Report on vaccination in Madras 1904-1921 - 1904-1921
Year: 1904
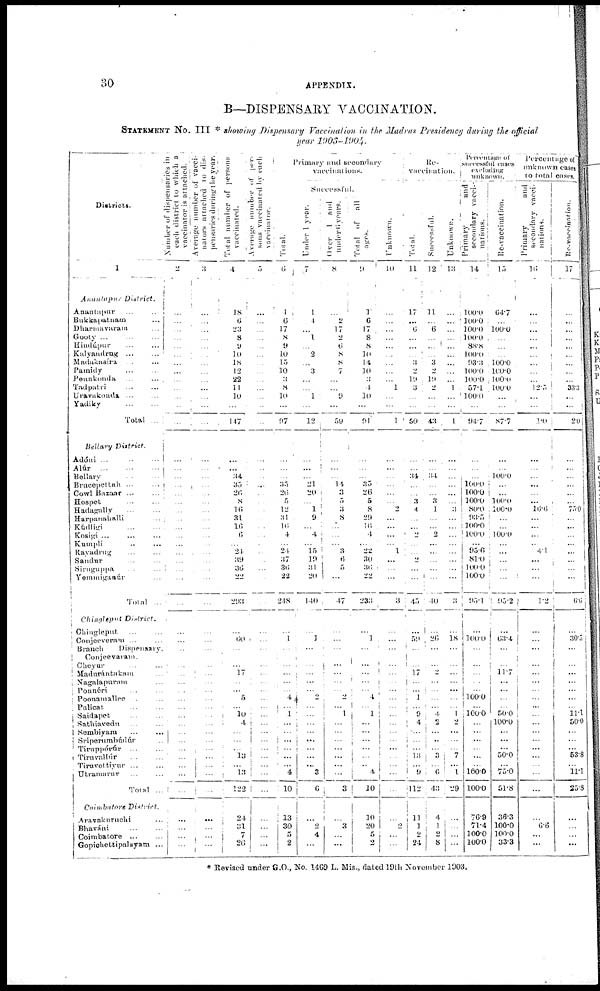
30
APPENDIX.
B—DISPENSARY VACCINATION.
STATEMENT No. III * showing Dispensary Vaccination in the Madras Presidency during the official
year 1903-1904.
Districts.
1
Anantapur
District.
Anantapur
... ...
Bukkapatnam ...
Dharmavaram ...
Gooty... ... ...
Hindúpur ... ...
Kalyandrug ...
...
Madakasíra ... ...
Pamidy ... ...
Penukonda
...
...
Tadpatri ... ...
Uravakonda... ...
Yadiky ... ...
Total ...
Bellary
District.
Adóni ... ... ...
Alúr ... ... ...
Bellary ... ...
Brucepettah
...
...
Cowl Bazaar ... ...
Hospet ... ...
Hadagally ... ...
Harpanahalli ...
Kúdligi ... ...
Kosigi ... ... ...
Kumpli ... ...
Rayadrug ... ...
Sandur ... ...
Siruguppa ... ...
Yemmiganúr ...
Total ...
Ching1eput
District.
Chingleput ... ...
Conjeeveram ... ...
Branch
Dispensary.
Conjeevaram.
Cheyur ... ...
Madurántakam ...
Nagalapuram ...
Ponnéri ... ...
Poonamallee ... ...
Pulicat ... ...
Saidapet ... ...
Sathiavedu ... ...
Sembiyam ... ...
Sríperumbúdúr ...
Tiruppórúr ... ...
Tiruvallúr ... ...
Tiruvottiyur ... ...
Utramarur ... ...
Total ...
Coimbatore
District.
Aravakuruchi ...
Bhaváui ... ...
Coimbatore ... ...
Gopichettipalayam ...
N umber of dispensaries in
each district to which a
vaccinator is attached.
2
...
...
...
...
...
...
...
...
...
...
...
...
...
...
...
...
...
...
...
...
...
...
...
...
...
...
...
...
...
...
...
...
...
...
...
...
...
...
...
...
...
...
...
...
...
...
...
...
...
...
...
Average number of vacci-
nators attached to dis-
pensaries during the year.
3
...
...
...
...
...
...
...
...
...
...
...
...
...
...
...
...
...
...
...
...
...
...
...
...
...
...
...
...
...
...
...
...
...
...
...
...
...
...
...
...
...
...
...
...
...
...
...
...
...
...
...
Total number of persons
vaccinated.
4
18
6
23
8
9
10
18
12
22
11
10
...
147
...
...
34
35
26
8
16
31
16
6
...
24
39
36
22
293
...
60
...
...
17
...
...
5
...
10 4
...
...
...
13
...
13
122
24
31
7
26
Average number of per-
sons vaccinated by each
vaccinator.
5
...
...
...
...
...
...
...
...
...
...
...
...
...
...
...
...
...
...
...
...
...
...
...
...
...
...
...
...
...
...
...
...
...
...
...
...
...
...
...
...
...
...
...
...
...
...
...
...
...
...
...
Primary and secondary
vaccinations.
Total.
6
1
6
17
8
9
10
15
10
3
8
10
...
97
...
...
...
35
26
5
12
31
16
4
...
24
37
36
22
248
...
1
...
...
...
...
...
4
...
1
...
...
...
...
...
...
4
10
13
30
5
2
Successful.
Under 1 year.
7
1
4
...
1
...
2
...
3
...
...
1
...
12
...
...
...
21
20
...
1
9
...
4
...
15
19
31
20
140
...
1
...
...
...
...
...
2
...
...
...
...
...
...
...
...
3
6
...
2
4
...
Over 1 and
under 6 years.
8
...
2
17
2
6
8
8
7
...
...
9
...
59
...
...
...
14
3
5
3
8
...
...
...
3
6
5
...
47
...
...
...
...
...
...
...
2
...
1
...
...
...
...
...
...
...
3
...
3
...
...
Total of all
ages.
9
1
6
17
8
8
10
14
10
3
4
10
...
91
...
...
...
35
26
5
8
29
16
4
...
22
30
36
22
233
...
1
...
...
...
...
...
4
...
1
...
...
...
...
...
... 4
10
10
20
5
2
Unknown.
10
...
...
...
...
...
...
...
...
...
1
...
...
1
...
...
...
...
...
...
2
...
...
...
...
1
...
...
...
3
...
...
...
...
...
...
...
...
...
...
...
...
...
...
...
...
...
...
...
2
...
...
Re¬
vaccination.
Total.
11
17
...
6
...
...
...
3
2
19
3
...
...
50
...
...
34
...
...
3
4
...
...
2
...
...
2
...
...
45
...
59
...
...
17
...
...
1
...
9
4
...
...
...
13
...
9
112
11
1
2
24
Successful.
12
11
...
6
...
...
...
3
2
19
2
...
...
43
...
...
34
...
...
3
1
...
...
2
...
...
...
...
...
40
...
26
...
...
2
...
...
...
...
4
2
...
...
...
3
...
6
43
4
1
2
8
Unknown.
13
...
...
...
...
...
...
...
...
...
1
...
...
1
...
...
...
...
... ...
3
...
...
...
...
...
...
...
...
3
...
18
...
...
...
...
...
...
...
1
2
...
...
...
7
...
1
29
...
...
...
...
Percentage of
successful cases
excluding
unknown.
Primary
and
secondary vacci¬
nations.
14
100.0
100.0
100.0
100.0
88.8
100.0
93.3
100.0
100.0
57.1
100.0
...
94.7
...
...
...
100.0
100.0
100.0
80.0
93.5
100.0
100.0
...
95.6
81.0
100.0
100.0
95.1
...
100.0
...
...
...
...
...
100.0
...
100.0
...
...
...
...
...
...
100.0
100.0
76.9
71.4
100.0
100.0
Re-vaccination.
15
64.7
...
100.0
...
...
...
100.0
100.0
100.0
100.0
...
...
87.7
...
...
100.0
...
...
100.0
100.0
...
...
100.0
...
...
...
...
...
95.2
...
63.4
...
...
11.7
...
...
...
...
50.0
100.0
...
...
...
50.0
...
75.0
51.8
36.3
100.0
100.0
33.3
Percentage of
unknown cases
to total cases.
Primary
and
secondary vacci¬
nations.
16
...
...
...
...
...
...
...
...
...
12.5
...
...
1.0
...
...
...
...
...
...
16.6
...
...
...
...
4.1
...
...
...
1.2
...
...
...
...
...
...
...
...
...
...
...
...
...
...
...
...
...
...
...
6.6
...
...
Re-vaccination.
17
...
...
...
...
...
...
...
...
...
33.3
...
...
2.0
...
...
...
...
...
...
75.0
...
...
...
...
...
...
...
...
6.6
...
30.5
...
...
...
...
...
...
...
11.1
50.0
...
...
...
538
...
11.1
25.8
...
...
...
...
* Revised under G.O., No. 1469 L. Mis., dated 19th November 1903.